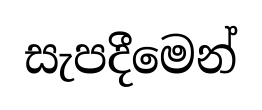
සැපදීමෙන්